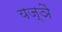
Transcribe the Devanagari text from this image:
यज्ञै